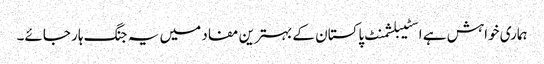
ہماری خواہش ہے اسٹیبلشمنٹ پاکستان کے بہترین مفاد میں یہ جنگ ہار جائے۔